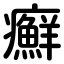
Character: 癬